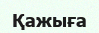
Қажыға